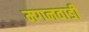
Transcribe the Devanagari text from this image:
मगनवाडी